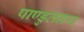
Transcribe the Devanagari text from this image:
पाण्डुतनय